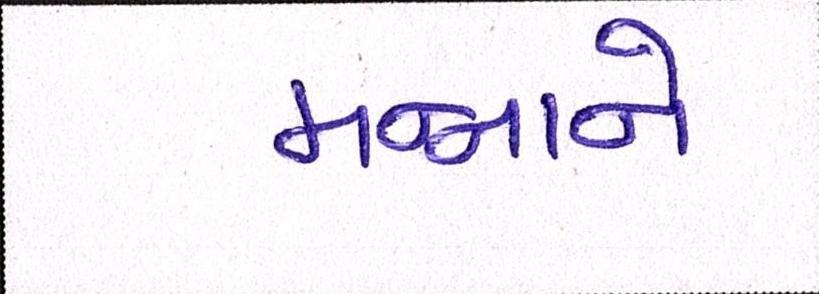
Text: મન્નાને